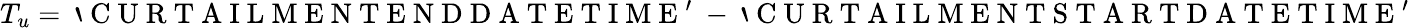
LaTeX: T_{u}=\mathrm{~`~C~U~R~T~A~I~L~M~E~N~T~E~N~D~D~A~T~E~T~I~M~E~'~}-\mathrm{~`~C~U~R~T~A~I~L~M~E~N~T~S~T~A~R~T~D~A~T~E~T~I~M~E~'~}